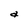
Character: a